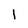
Character: 1